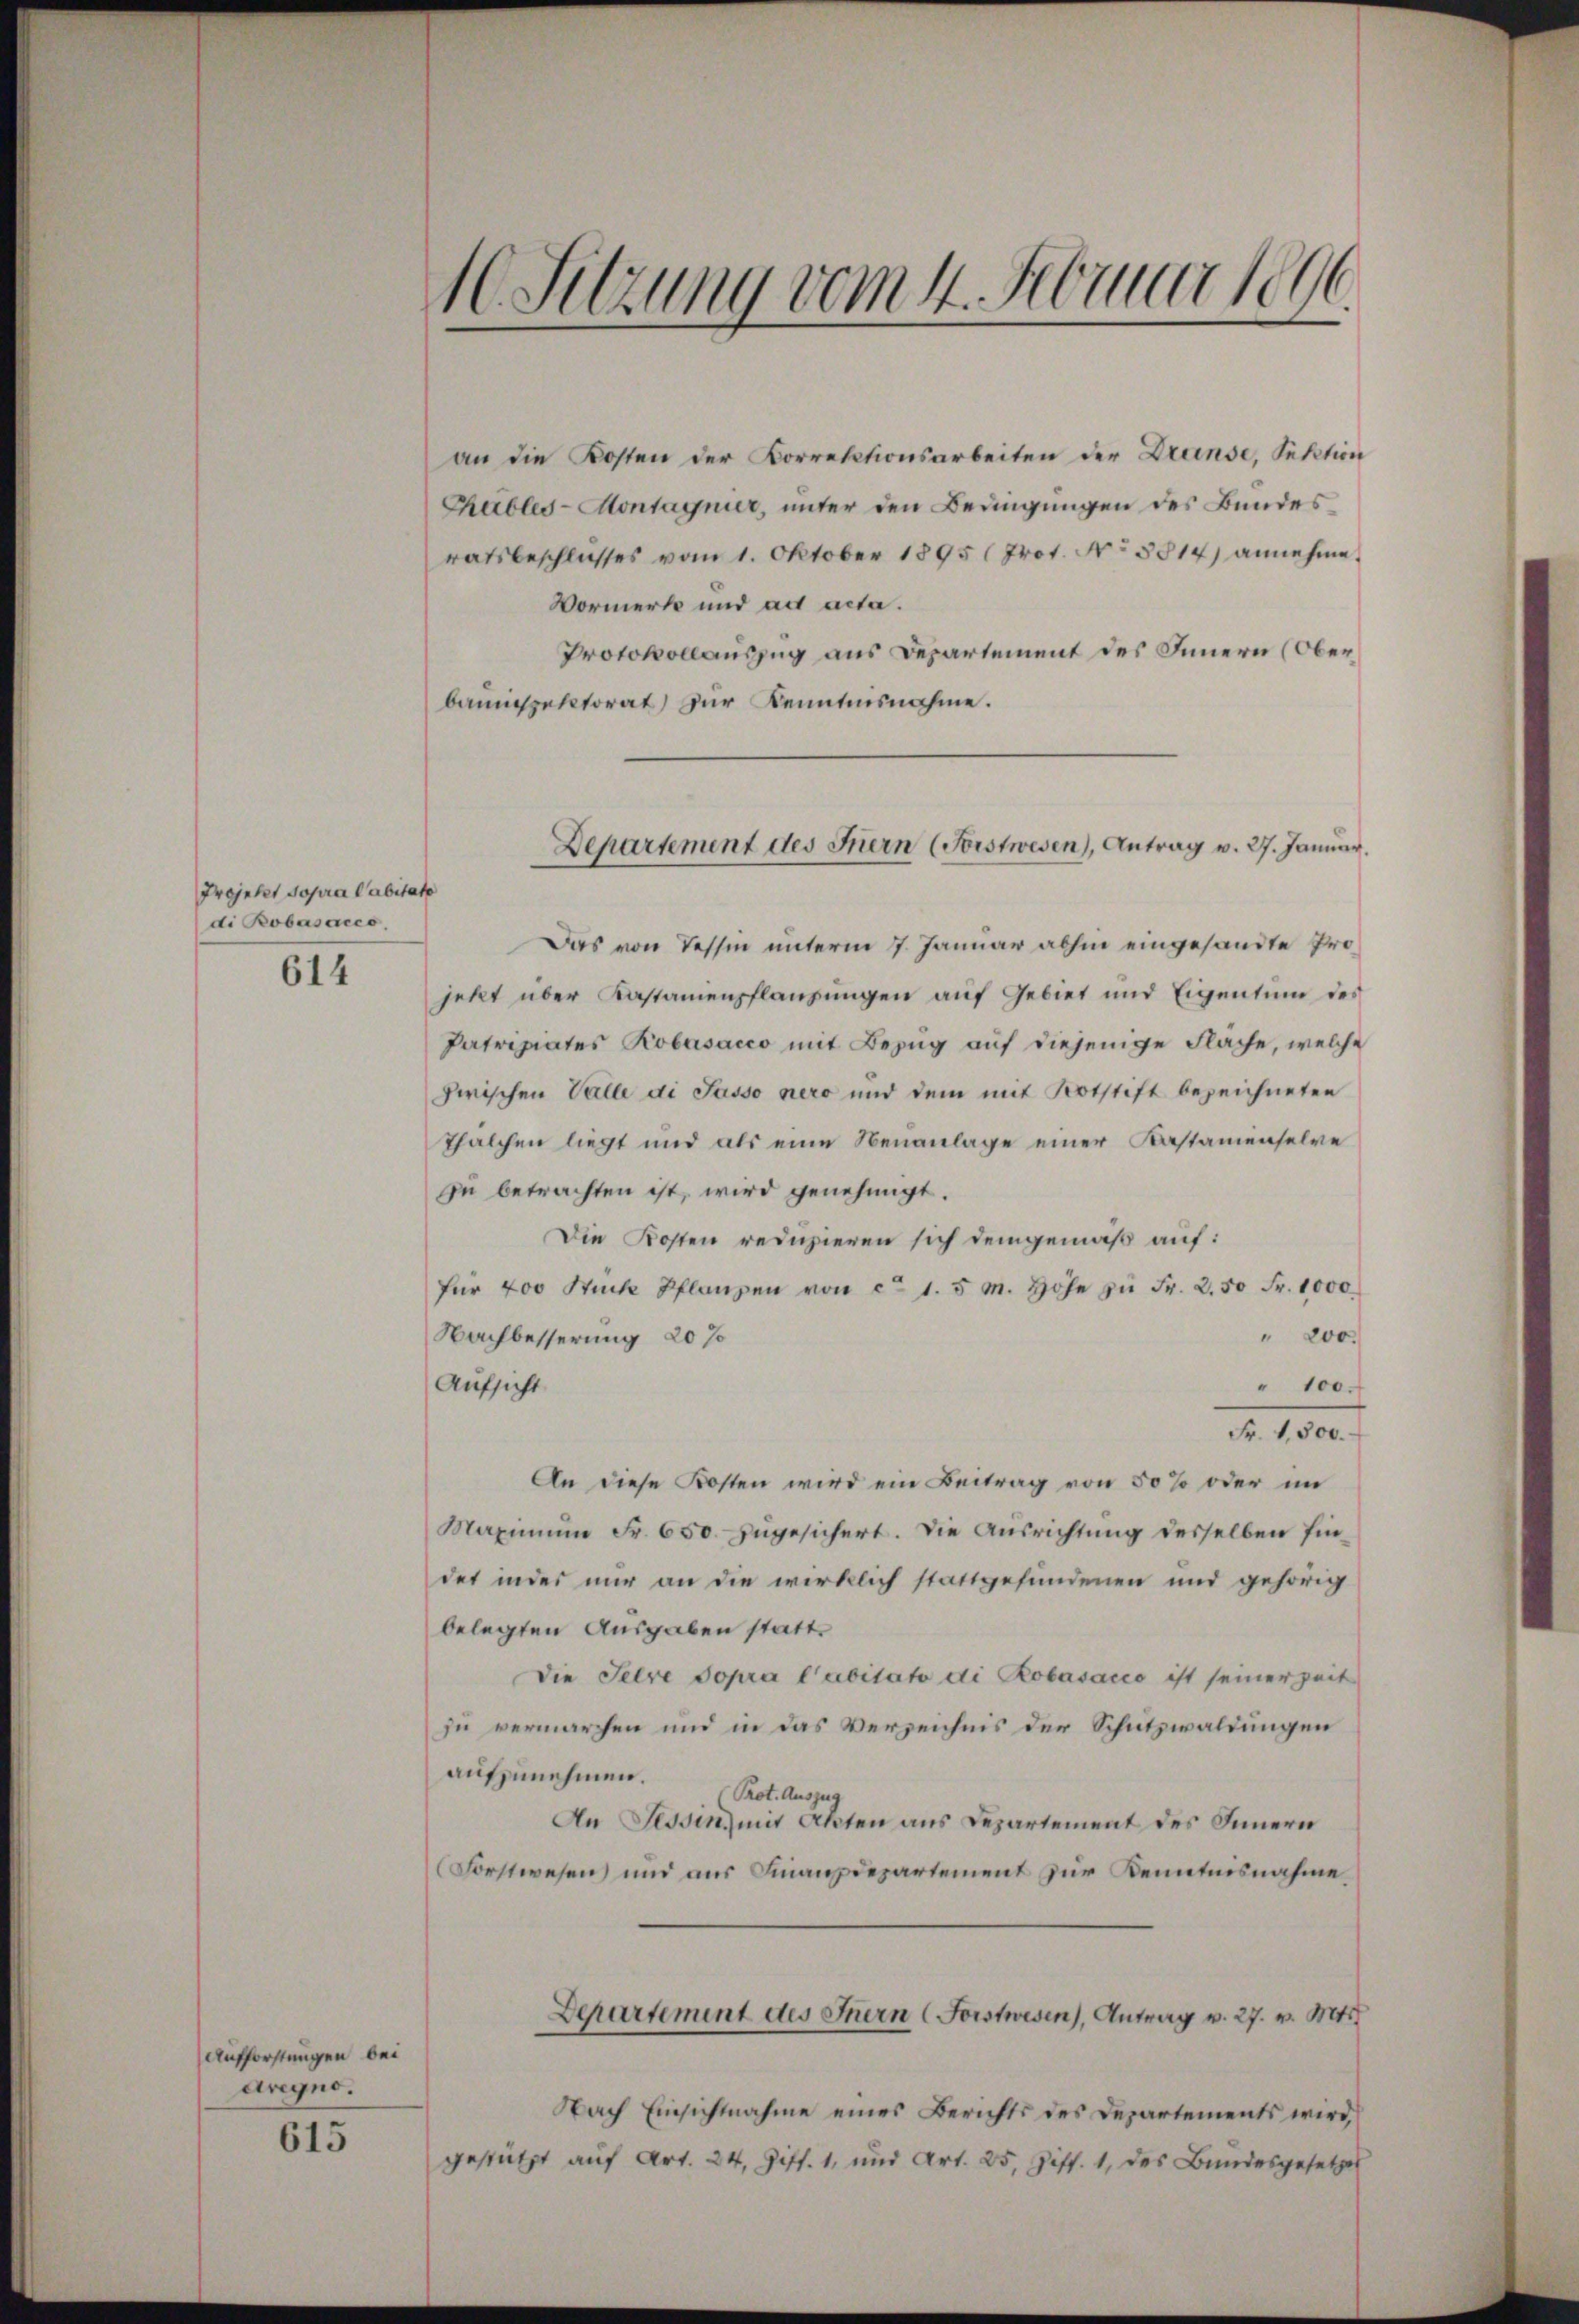
Projekt sopra Cabitate
di Bobasacco

614

Aufforstungen bei
arigno.

615

1
1. Sitzung vom 4. Februar 1

an die Kosten der Korrektionsarbeiten der Dranse, Sektion
Chubles-Montagnier, unter den Bedingungen des Bundes
ratsbeschlusses vom 1. Oktober 1895 (Prot. No 5814) annehme
Vormerk und ad acta.
Protokollauszug aus Departement des Innern (Oberbannspektorat zur Kenntnisnahme.

Das von Tessin unterm 7. Januar abhin eingesandte Projetzt über Kastanienpflanzungen auf Gebiet und Eigentum des
Patriziates Robasacco mit Bezug auf diejenige Flache, welche
zwischen Valle di Sasso nero und dem mit Notstift bezeichneten
Thalchen liegt und als eine Neuanlage einer Kastamenselve
zu betrachten ist, wird genehmigt.
Die Kosten reduzieren sich demgemäß auf:
für 400 Stücke Pflanzen von ca 1. 5 m. höhe zŭ Fr. 2.50 Fr. 1000
" 200.
Nachbesserung 20 %
Aufsicht
" 100.
An diese Kosten wird ein Beitrag von 50% oder im
Maximŭm Fr. 650. zugesichert. Die Ausrichtung desselben Eindet inder nur an die wirklich stattgefundenen und gehörig
belegten Ausgaben statt.
Die Seere sopra l’abitato di Robasacio ist seiner Zeit
zu vermarchen und in das Verzeichnis der Schutzwaldungen
aufzunehmen.
Prot. Auszug
An Tessin, mit Akten aus Departement des Innern
Forstwesen und aus Finanzdepartement zur Kenntnisnahme.
Departement des Inern (Forstwesen), Antrag v. 27. v. Mts.
Nach Einsichtnahme eines Berichts des Departements wird,
gestützt auf Art. 24, Ziff. 1, und Art. 25, Ziff. 1, des Bundesgesetzes

Departement des Inern (Forstwesen), Antrag v. 27. Januar.

Fr. 1,500.